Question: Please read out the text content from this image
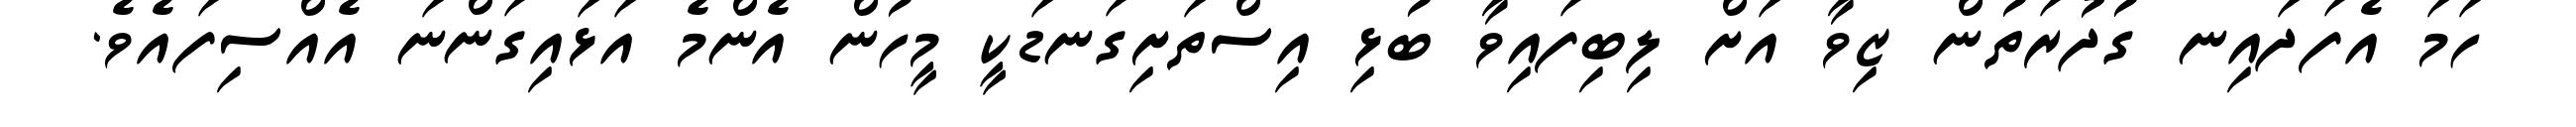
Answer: ހަމަ އެފަދައިނ ގުދުރަތުން ޒިވާ އަށް ލިބިފައިވާ ބުޅި އިސްތަށިގަނޑަކީ މީހުން އެންމެ އަޅައިގަންނަ އެއްސިފައެވެ.